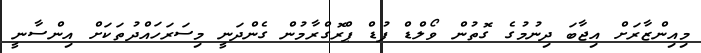
މިއިންޒާރަށް އިޖާބަ ދިނުމުގެ ގޮތުން ވޯލްޑް ފުޑް ޕްރޮގްރާމުން ގެންދަނީ މިސަރަހައްދުތަކަށް އިންސާނީ